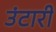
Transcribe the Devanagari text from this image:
उंटारी